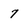
Character: 7